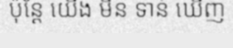
ប៉ុន្តែ យើង មិន ទាន់ ឃើញ